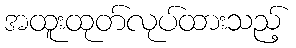
အထူးထုတ်လုပ်ထားသည့်